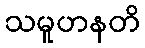
သမူဟနတိ